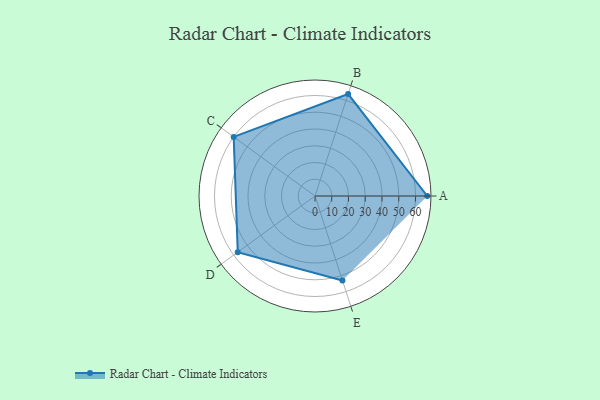
{"axis": {"x": "Skill", "y": "Score"}, "legend": ["Profile"], "data": [{"x": "A", "y": 67.0, "type": "Profile"}, {"x": "B", "y": 64.0, "type": "Profile"}, {"x": "C", "y": 60.0, "type": "Profile"}, {"x": "D", "y": 57.0, "type": "Profile"}, {"x": "E", "y": 53.0, "type": "Profile"}]}